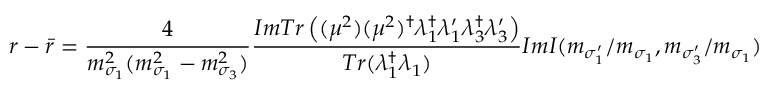
r - \bar { r } = \frac { 4 } { m _ { \sigma _ { 1 } } ^ { 2 } ( m _ { \sigma _ { 1 } } ^ { 2 } - m _ { \sigma _ { 3 } } ^ { 2 } ) } \frac { I m T r \left( ( \mu ^ { 2 } ) ( \mu ^ { 2 } ) ^ { \dagger } \lambda _ { 1 } ^ { \dagger } \lambda _ { 1 } ^ { \prime } \lambda _ { 3 } ^ { \dagger } \lambda _ { 3 } ^ { \prime } \right) } { T r ( \lambda _ { 1 } ^ { \dagger } \lambda _ { 1 } ) } I m I ( m _ { \sigma _ { 1 } ^ { \prime } } / m _ { \sigma _ { 1 } } , m _ { \sigma _ { 3 } ^ { \prime } } / m _ { \sigma _ { 1 } } )